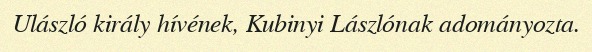
Ulászló király hívének, Kubinyi Lászlónak adományozta.